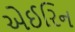
એઈરિન